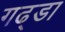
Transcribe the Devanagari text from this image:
गढ्‌डा